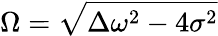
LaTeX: \Omega=\sqrt{\Delta\omega^{2}-4\sigma^{2}}